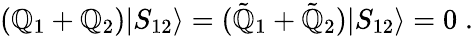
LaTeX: (\mathbb{Q}_{1}+\mathbb{Q}_{2})|S_{12}\rangle=(\tilde{{\mathbb{Q}}}_{1}+\tilde{{\mathbb{Q}}}_{2})|S_{12}\rangle=0\; .